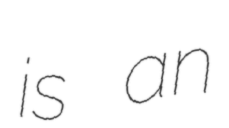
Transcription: is an